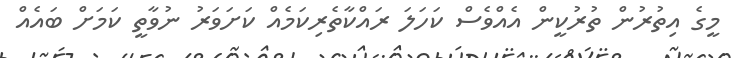
މީގެ އިތުރުން ތުރުކީން އެއްވެސް ކަހަލަ ރައްކާތެރިކަމެއް ކަށަވަރު ނުވާތީ ކަމަށް ބައެއް